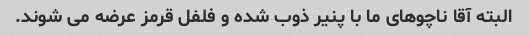
البته آقا ناچوهای ما با پنیر ذوب شده و فلفل قرمز عرضه می شوند.